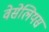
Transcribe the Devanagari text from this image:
वेसेलियस